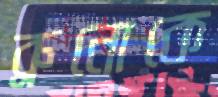
ব্রুনোকে